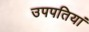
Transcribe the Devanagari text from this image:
उपपतियां